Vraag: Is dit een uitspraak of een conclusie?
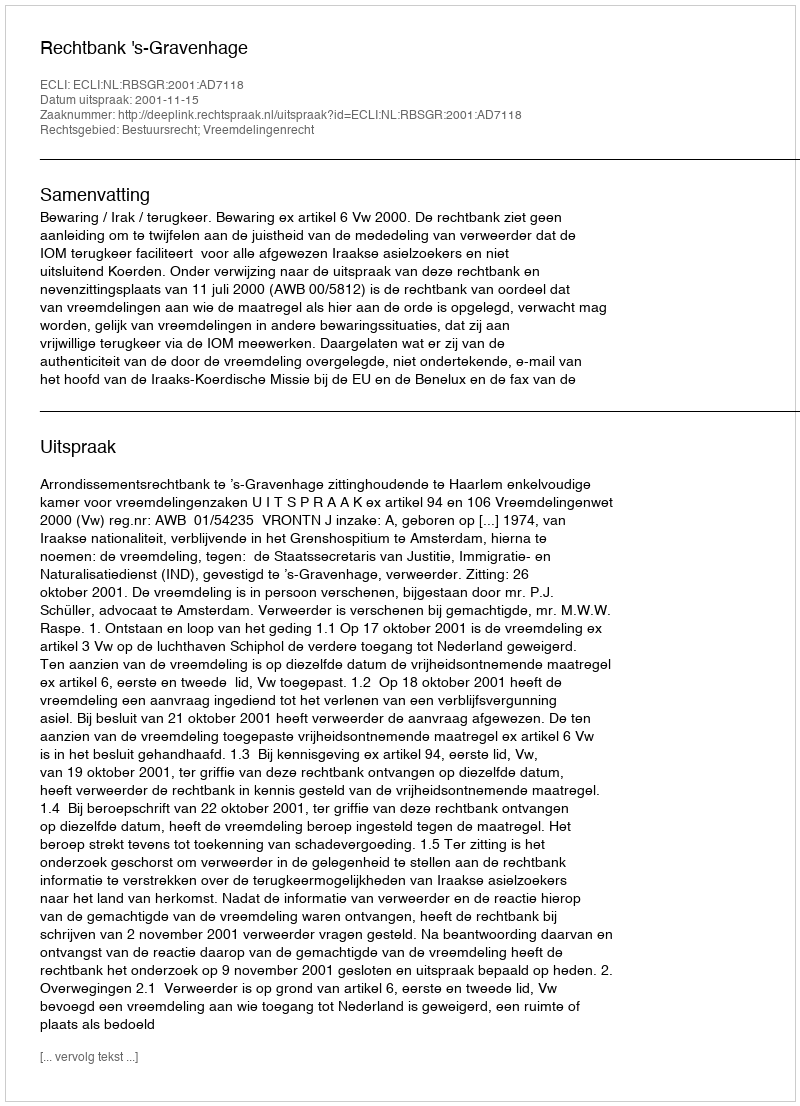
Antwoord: Uitspraak